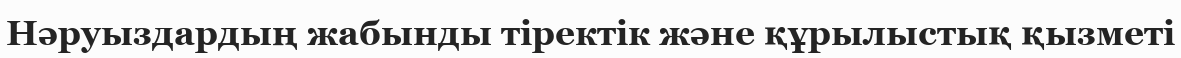
Нәруыздардың жабынды тіректік және құрылыстық қызметі